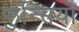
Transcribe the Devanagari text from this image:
फुन्सियों